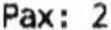
PAX: 2